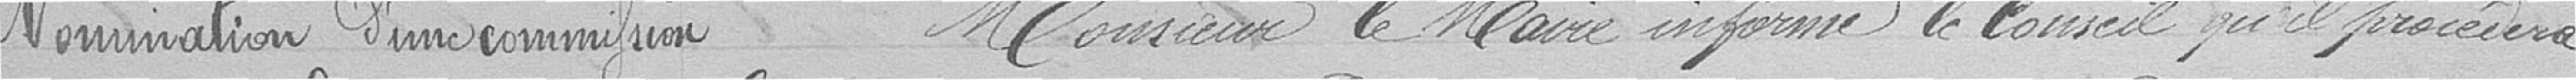
Nomination d'une commission           Monsieur le Maire informe le Conseil qu'il procédera